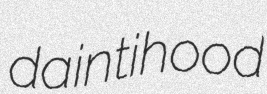
daintihood